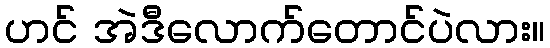
ဟင် အဲဒီလောက်တောင်ပဲလား။